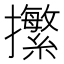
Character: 㩯